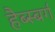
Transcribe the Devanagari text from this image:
हैब्स्बर्ग